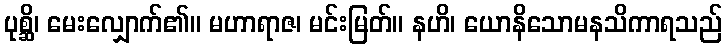
ပုစ္ဆိ၊ မေးလျှောက်၏။ မဟာရာဇ၊ မင်းမြတ်။ နဟိ၊ ယောနိသောမနသိကာရသည်